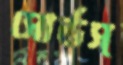
সোর্ডস্